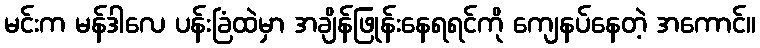
မင်းက မန်ဒါလေ ပန်းခြံထဲမှာ အချိန်ဖြုန်းနေရရင်ကို ကျေနပ်နေတဲ့ အကောင်။